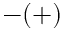
- ( + )